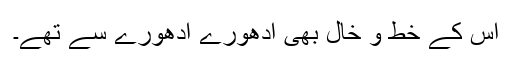
اس کے خط و خال بھی ادھورے ادھورے سے تھے۔